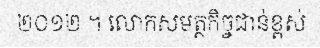
២០១២ ។ លោកសមត្ថកិច្ចជាន់ខ្ពស់